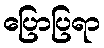
ပြောပြရာ